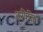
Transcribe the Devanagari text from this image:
कृषिविद्या